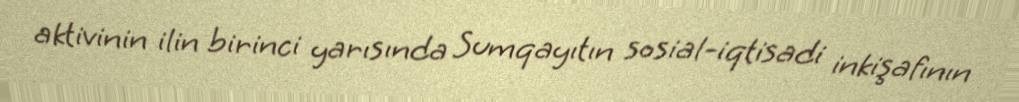
aktivinin ilin birinci yarısında Sumqayıtın sosial-iqtisadi inkişafının